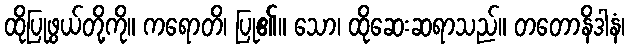
ထိုပြုဖွယ်တို့ကို။ ကရောတိ၊ ပြု၏။ သော၊ ထိုဆေးဆရာသည်။ တတောနိဒါနံ၊